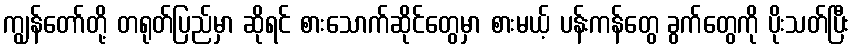
ကျွန်တော်တို့ တရုတ်ပြည်မှာ ဆိုရင် စားသောက်ဆိုင်တွေမှာ စားမယ့် ပန်းကန်တွေ ခွက်တွေကို ပိုးသတ်ပြီး